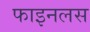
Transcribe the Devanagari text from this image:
फाइनलस